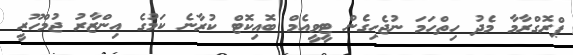
ޕްރޮގްރާމާ މެދު ހިތްހަމަ ނުޖެހިގެން ޓީވީއެމް ބޮއިކޮޓް ކުރާނެ ކަމުގެ އިންޒާރު ޖުމްހޫރީ